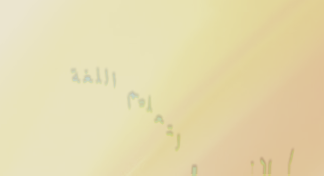
إعلان: دورة لتعليم اللغة